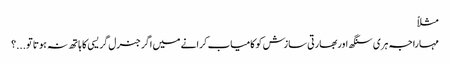
مثلاً
مہاراجہ ہری سنگھ اوربھارتی سازش کو کامیاب کرانے میں اگر جنرل گریسی کا ہاتھ نہ ہوتا تو ...؟